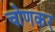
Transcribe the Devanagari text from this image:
चोणकर